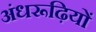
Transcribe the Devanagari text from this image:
अंधरूढ़ियों